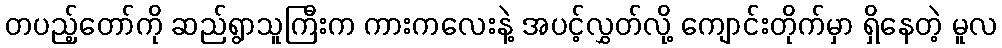
တပည့်တော်ကို ဆည်ရွာသူကြီးက ကားကလေးနဲ့ အပင့်လွှတ်လို့ ကျောင်းတိုက်မှာ ရှိနေတဲ့ မူလ